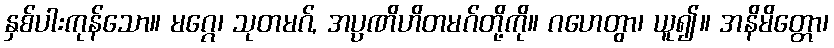
နှစ်ပါးကုန်သော။ မဂ္ဂေ၊ သုတမဂ်, အပ္ပဏိဟိတမဂ်တို့ကို။ ဂဟေတွာ၊ ယူ၍။ အနိမိတ္တော၊